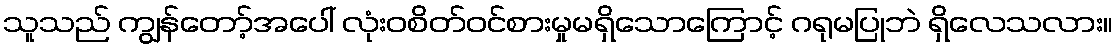
သူသည် ကျွန်တော့်အပေါ် လုံးဝစိတ်ဝင်စားမှုမရှိသောကြောင့် ဂရုမပြုဘဲ ရှိလေသလား။